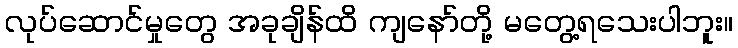
လုပ်ဆောင်မှုတွေ အခုချိန်ထိ ကျနော်တို့ မတွေ့ရသေးပါဘူး။